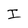
Character: I